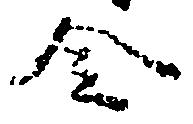
令